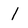
Character: l